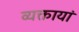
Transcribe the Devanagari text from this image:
व्यक्तायां